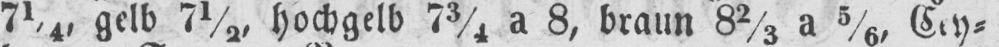
71/4 gelb 7½, hochgelb 73/4 a 8, braun 82/3 a 5/6, Cey⸗